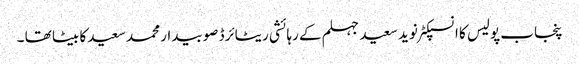
پنجاب پولیس کا انسپکٹر نوید سعید جہلم کے رہائشی ریٹائرڈ صوبیدار محمد سعید کا بیٹا تھا ۔